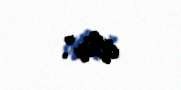
ölür”.